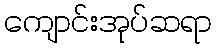
ကျောင်းအုပ်ဆရာ